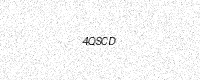
Text: 4QSCD